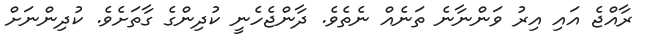
ރާއްޖެ އައި އިރު ވަންނާނެ ތަނެއް ނެތެވެ. ދާންޖެހެނީ ކުދިންގެ ގާތަށެވެ. ކުދިންނަށް